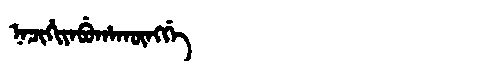
Manchu: ᠨᠠᠴᡳᡥᡳᠶᠠᠪᡠᡥᠠᡴᡡᠩᡤᡝ
Romanization: NACIHIYABUHAKŪNGGE